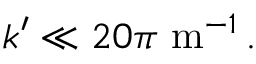
\begin{array} { r } { k ^ { \prime } \ll 2 0 \pi \mathrm { \ m } ^ { - 1 } \, . } \end{array}